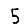
Digit: 5